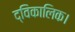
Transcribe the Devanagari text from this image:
द्विकालिक।